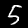
Digit: 5